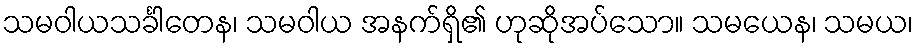
သမဝါယသင်္ခါတေန၊ သမဝါယ အနက်ရှိ၏ ဟုဆိုအပ်သော။ သမယေန၊ သမယ၊